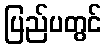
ပြည်ပတွင်